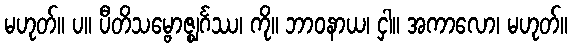
မဟုတ်။ ပ။ ပီတိသမ္ဗောဇ္ဈင်္ဂဿ၊ ကို။ ဘာဝနာယ၊ ငှါ။ အကာလော၊ မဟုတ်။